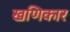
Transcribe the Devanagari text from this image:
खणिकार